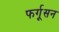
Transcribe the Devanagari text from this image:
फर्गूसन